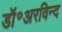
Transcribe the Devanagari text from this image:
डॉ॰अरविन्द